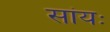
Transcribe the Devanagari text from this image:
सांयः